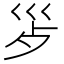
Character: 𭗿